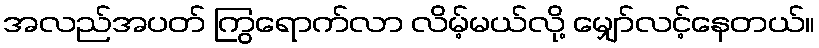
အလည်အပတ် ကြွရောက်လာ လိမ့်မယ်လို့ မျှော်လင့်နေတယ်။